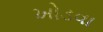
ખોડવા